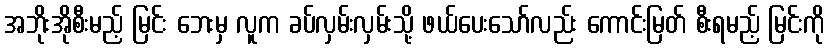
အဘိုးအိုစီးမည့် မြင်း ဘေးမှ လူက ခပ်လှမ်းလှမ်းသို့ ဖယ်ပေးသော်လည်း ကောင်းမြတ် စီးရမည့် မြင်းကို